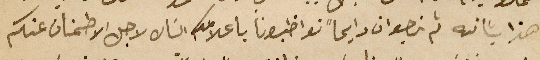
هذا بشانه ثم نرجو ان دايماً تواظبونا بأعلامكم الشان لاجل الاطمنان عنكم